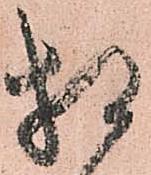
相